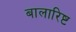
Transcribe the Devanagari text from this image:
बालारिष्ट